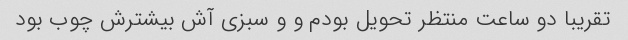
تقریبا دو ساعت منتظر تحویل بودم و و سبزی آش بیشترش چوب بود